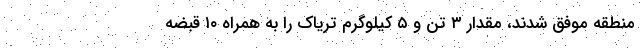
منطقه موفق شدند، مقدار ۳ تن و ۵ کیلوگرم تریاک را به همراه ۱۰ قبضه